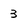
Character: 3